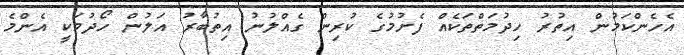
އެހެންކަމުން އިތުރު ހިދުމަތްތަކެއް ފެށުމުގެ ކުރިން ގެއްލުނު އިތުބާރު އަލުން ހޯދުމަކީ އެންމެ